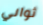
ثواني